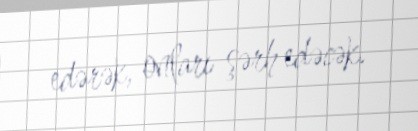
edərək, onları şərh edəcək.